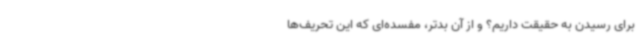
برای رسیدن به حقیقت داریم؟ و از آن بدتر، مفسده‌ای که این تحریف‌ها